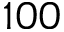
1 0 0